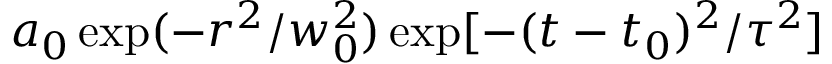
a _ { 0 } \exp ( - r ^ { 2 } / w _ { 0 } ^ { 2 } ) \exp [ - ( t - t _ { 0 } ) ^ { 2 } / \tau ^ { 2 } ]